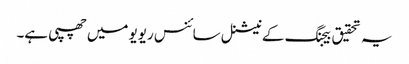
یہ تحقیق بیجنگ کے نیشنل سائنس ریویو میں چھپی ہے۔